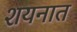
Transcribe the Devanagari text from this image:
शयनात